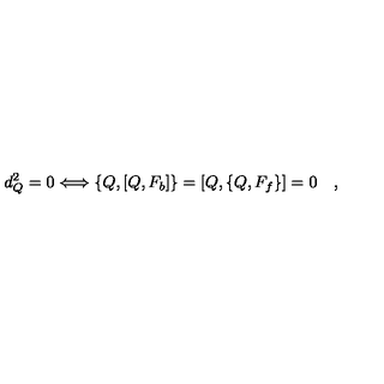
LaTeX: d _ { Q } ^ { 2 } = 0 \Longleftrightarrow \{ Q , [ Q , F _ { b } ] \} = [ Q , \{ Q , F _ { f } \} ] = 0 \quad ,